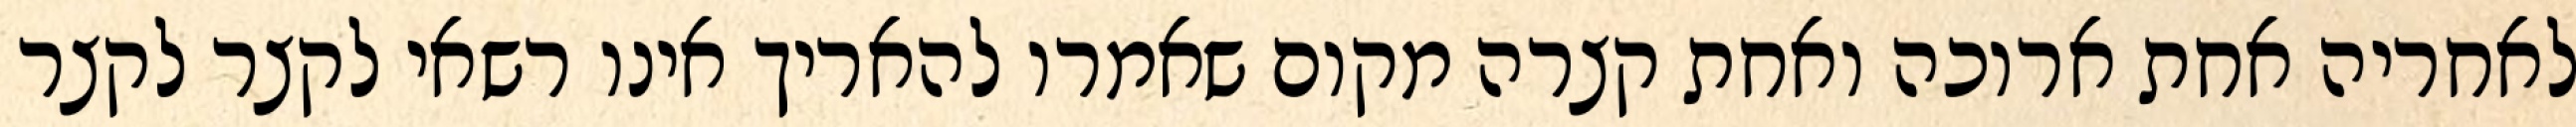
לאחריה אחת ארוכה ואחת קצרה מקום שאמרו להאריך אינו רשאי לקצר לקצר